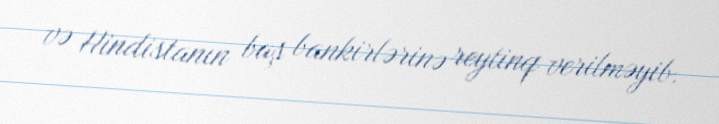
və Hindistanın baş bankirlərinə reytinq verilməyib.